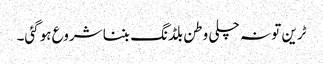
ٹرین تو نہ چلی وطن بلڈنگ بننا شروع ہوگئی۔